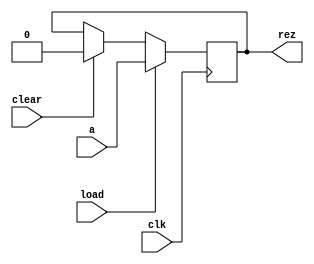
module regD(input a, clk, load, clear, output rez);
    reg rez;
    wire aux;

    always @(posedge clk)
        begin
            if (clear == 1) begin
                rez <= 0;
            end
            
            if (load == 1) begin
                rez <= a;
            end
        end
endmodule